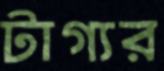
টাগ্যর